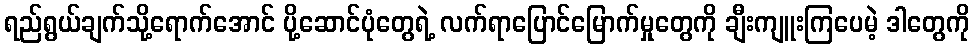
ရည်ရွယ်ချက်သို့ရောက်အောင် ပို့ဆောင်ပုံတွေရဲ့ လက်ရာပြောင်မြောက်မှုတွေကို ချီးကျူးကြပေမဲ့ ဒါတွေကို